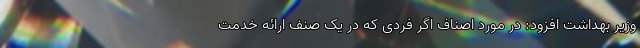
وزیر بهداشت افزود: در مورد اصناف اگر فردی که در یک صنف ارائه خدمت